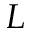
L